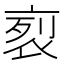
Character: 𧙩